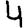
Digit: 4